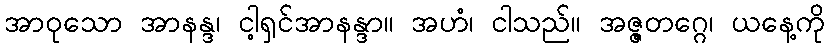
အာဝုသော အာနန္ဒ၊ ငါ့ရှင်အာနန္ဒာ။ အဟံ၊ ငါသည်။ အဇ္ဇတဂ္ဂေ၊ ယနေ့ကို